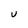
Character: U